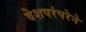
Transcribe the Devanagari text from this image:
वेशपरंपरेने